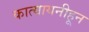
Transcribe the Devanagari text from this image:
कात्यायनीहून